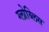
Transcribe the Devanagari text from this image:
ग्लोब्लिस